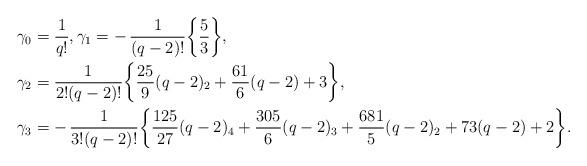
LaTeX: \begin{align*}\gamma_0 &= \frac{1}{q!}, \gamma_1 = -\, \frac{1}{(q-2)!}\bigg\{ \frac{5}{3} \bigg\}, \\\gamma_2 &= \frac{1}{2!(q-2)!} \bigg\{ \frac{25}{9} (q-2)_2 + \frac{61}{6} (q-2) + 3 \bigg\} , \\\gamma_3 &= -\, \frac{1}{3!(q-2)!} \bigg\{ \frac{125}{27} (q-2)_4 + \frac{305}{6} (q-2)_3 + \frac{681}{5} (q-2)_2 + 73 (q-2) + 2 \bigg\} .\end{align*}